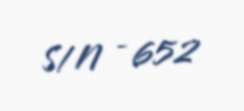
S/N - 652